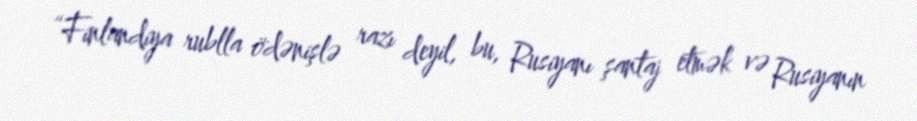
“Finlandiya rublla ödənişlə razı deyil, bu, Rusiyanı şantaj etmək və Rusiyanın